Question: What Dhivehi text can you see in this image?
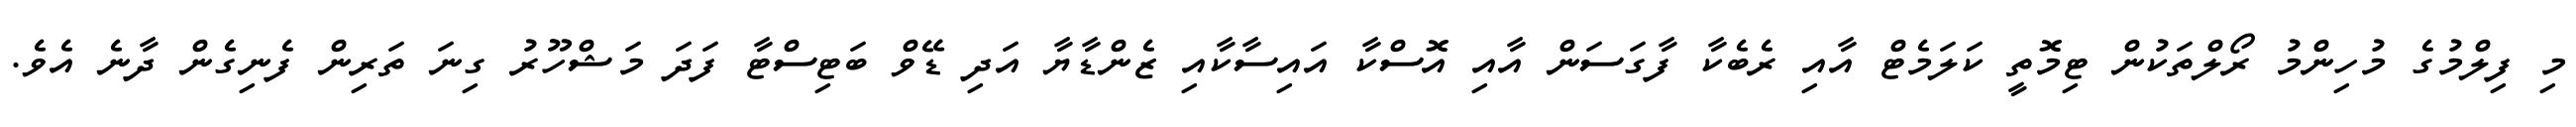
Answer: މި ފިލްމުގެ މުހިންމު ރޯލްތަކުން ޓިމޮތީ ކަލަމެޓް އާއި ރެބެކާ ފާގަސަން އާއި އޮސްކާ އައިސާކާއި ޒެންޑާޔާ އަދި ޑޭވް ބަޓިސްޓާ ފަދަ މަޝްހޫރު ގިނަ ތަރިން ފެނިގެން ދާނެ އެވެ.